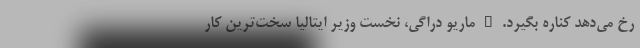
رخ می‌دهد کناره بگیرد. _ ماریو دراگی، نخست وزیر ایتالیا سخت‌ترین کار